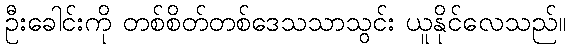
ဦးခေါင်းကို တစ်စိတ်တစ်ဒေသသာသွင်း ယူနိုင်လေသည်။